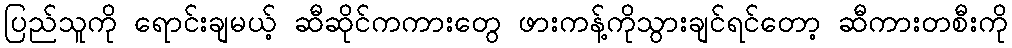
ပြည်သူကို ရောင်းချမယ့် ဆီဆိုင်ကကားတွေ ဖားကန့်ကိုသွားချင်ရင်တော့ ဆီကားတစီးကို